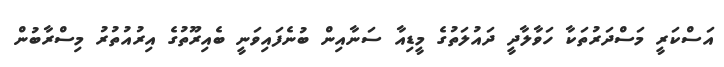
އަސްކަރީ މަސްދަރުތަކާ ހަވާލާދީ ދައުލަތުގެ މީޑިއާ ސަނާއިން ބުނެފައިވަނީ ބެއިރޫތުގެ އިރުއުތުރު މިސްރާބުން